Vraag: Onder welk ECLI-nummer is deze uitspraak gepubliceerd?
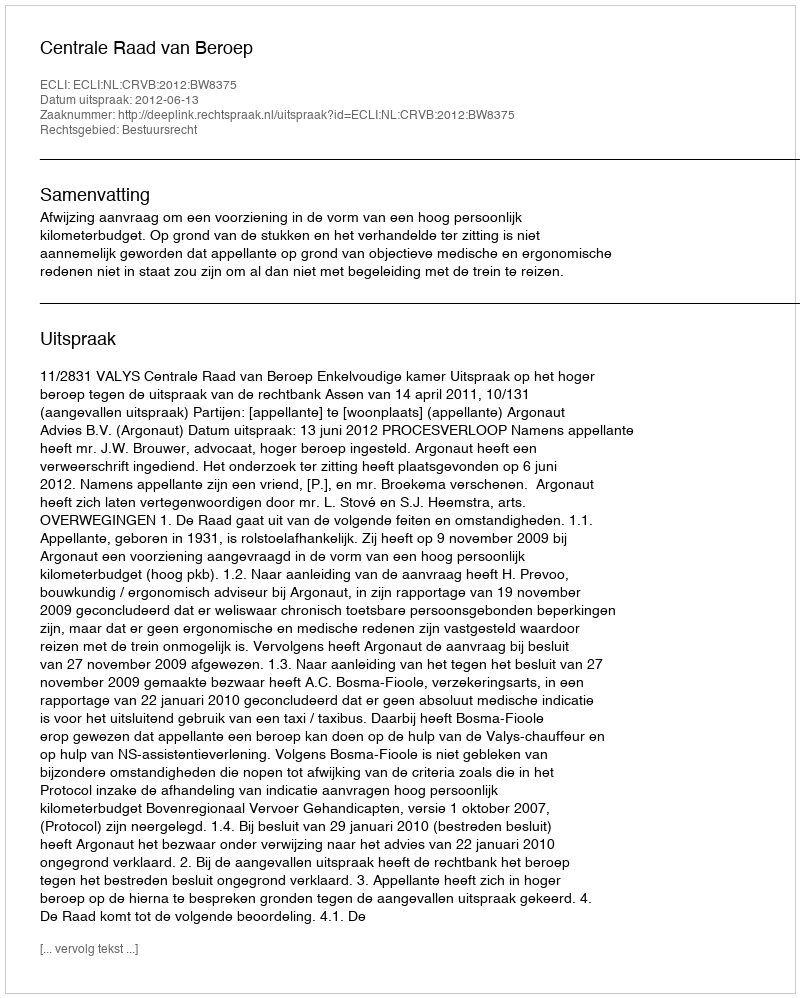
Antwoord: ECLI:NL:CRVB:2012:BW8375